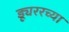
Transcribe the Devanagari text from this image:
ड्यूररच्या